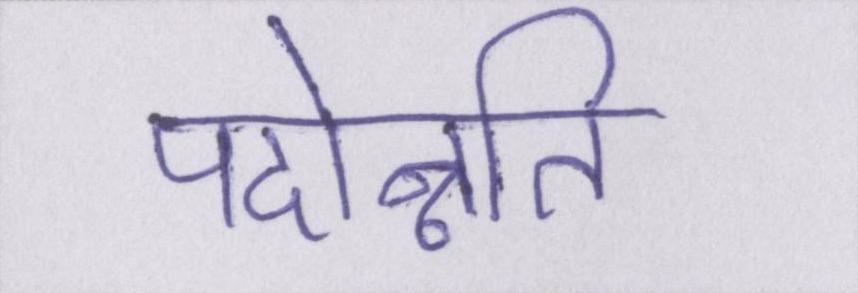
पदोन्नति